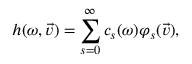
h ( \omega , \vec { v } ) = \sum _ { s = 0 } ^ { \infty } c _ { s } ( \omega ) \varphi _ { s } ( \vec { v } ) ,